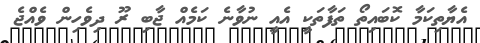
އެޔާތިކަމާ ކޮބައިތޯ ތަފާތަކީ އެއީ ނުވާނެ ކަމެއް ޖާބި ރޫ ދިވެހިން ވެއްޖެ